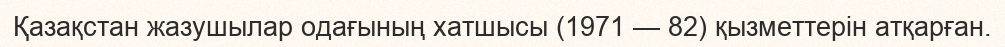
Қазақстан жазушылар одағының хатшысы (1971 — 82) қызметтерін атқарған.